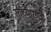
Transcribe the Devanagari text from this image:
साच्यासाठी